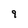
Character: 9